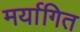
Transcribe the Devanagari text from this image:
मर्यागित